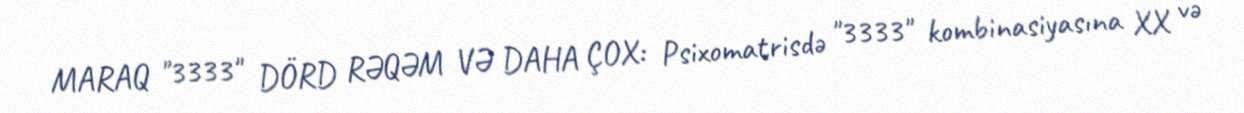
MARAQ "3333" DÖRD RƏQƏM VƏ DAHA ÇOX: Psixomatrisdə "3333" kombinasiyasına XX və